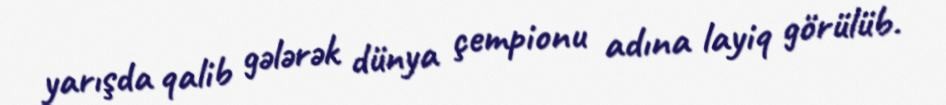
yarışda qalib gələrək dünya çempionu adına layiq görülüb.